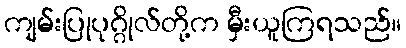
ကျမ်းပြုပုဂ္ဂိုလ်တို့က မှီးယူကြရသည်။